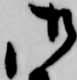
御